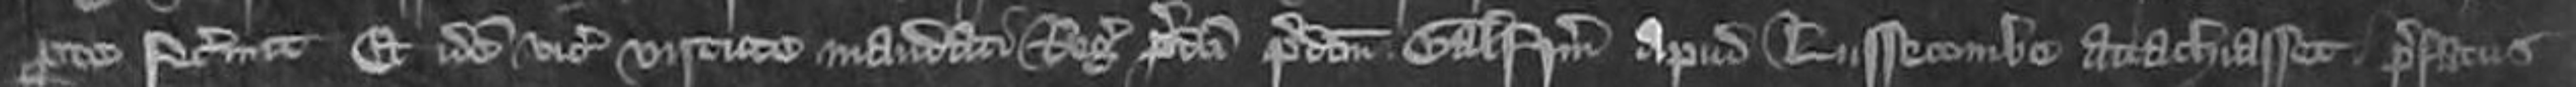
parte fecerunt Et idem vicecomes virtute mandate Regis predicti predictum Galfridum apud Luffcombe attachiasset prefatus